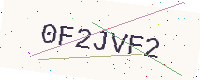
Text: 0F2JVF2